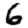
Digit: 6